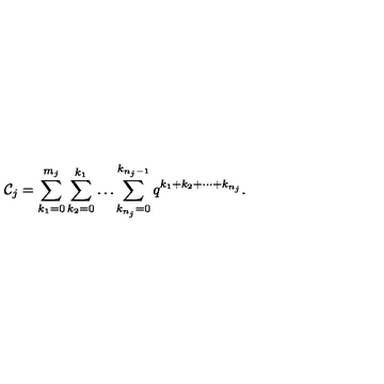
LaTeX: { \cal C } _ { j } = \sum _ { k _ { 1 } = 0 } ^ { m _ { j } } \sum _ { k _ { 2 } = 0 } ^ { k _ { 1 } } \ldots \sum _ { k _ { n _ { j } } = 0 } ^ { k _ { n _ { j } - 1 } } q ^ { k _ { 1 } + k _ { 2 } + \cdots + k _ { n _ { j } } } .